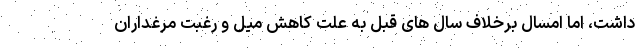
داشت، اما امسال برخلاف سال های قبل به علت کاهش میل و رغبت مرغداران